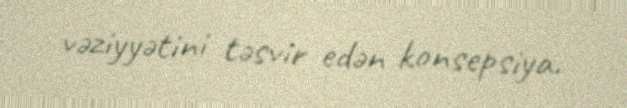
vəziyyətini təsvir edən konsepsiya.